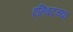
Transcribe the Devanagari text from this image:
दहिवदच्या